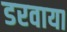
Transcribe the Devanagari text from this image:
डरवाया